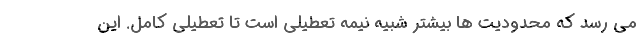
می رسد که محدودیت ها بیشتر شبیه نیمه تعطیلی است تا تعطیلی کامل. این